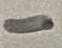
Text: -